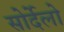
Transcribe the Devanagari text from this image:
सोर्देलो